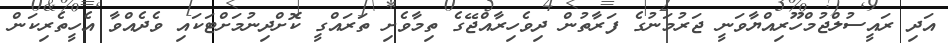
އަދި ރައީސުލްޖުމްހޫރިއްޔާވަނީ ޖަރުމަނުގެ ފަރާތުން ދިވެހިރާއްޖޭގެ ތިމާވެށި ތަރައްގީ ކޮށްދިނުމަށްޓަކައި ވެދެއްވާ އެހީތެރިކަން